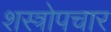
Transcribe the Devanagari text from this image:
शस्त्रोपचार